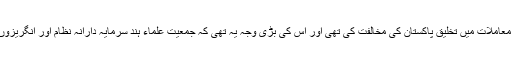
جس نے پہلے پہل کچھ معاملات میں تخلیق پاکستان کی مخالفت کی تھی اور اس کی بڑی وجہ یہ تھی کہ جمعیت علماء ہند سرمایہ دارانہ نظام اور انگریزوں کی سخت مخالفت تھی۔